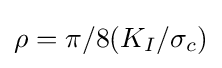
\rho =\pi /8(K_{I}/\sigma _{c})